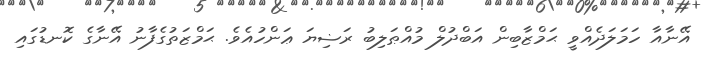
އޭނާއާ ހަމަލަދެއްވީ ޙަމްޒާބިން އަބްދުލް މުއްޠަލިބު ރަޟިޔަ ޢަންހުއެވެ. ޙަމްޒަތުގެފާނު އޭނާގެ ކޮނޑުގައި